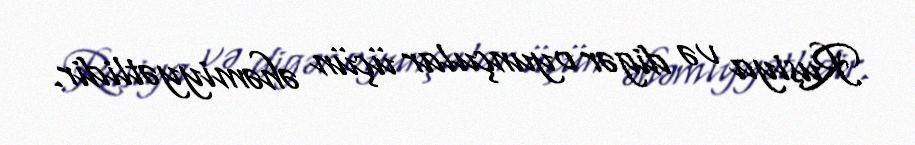
Rusiya və digər oyunçular üçün əhəmiyyətlidir.